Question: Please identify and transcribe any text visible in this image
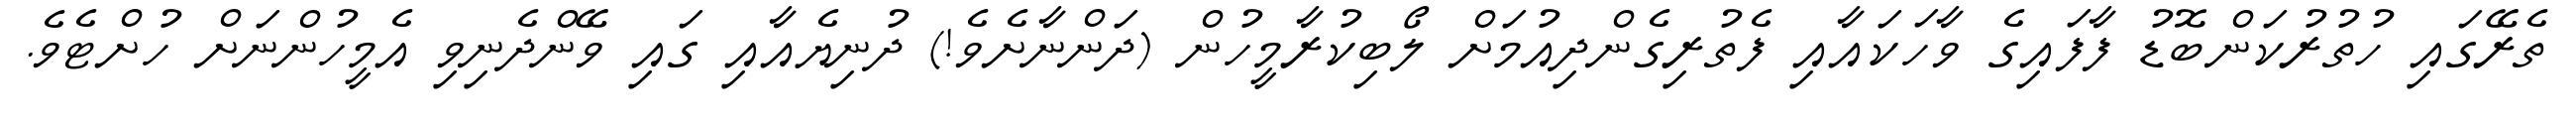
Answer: ތެރޭގައި ހުތުރުކަންބޮޑު ފާފައިގެ ވާހަކައާއި ފެތުރިގެންދިއުމަށް ލޯބިކުރާމީހުން (ދަންނާށެވެ!) ދުނިޔެއާއި ގައި ވޭންދެނިވި އެމީހުންނަށް ހުށްޓެވެ.